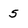
Character: 5